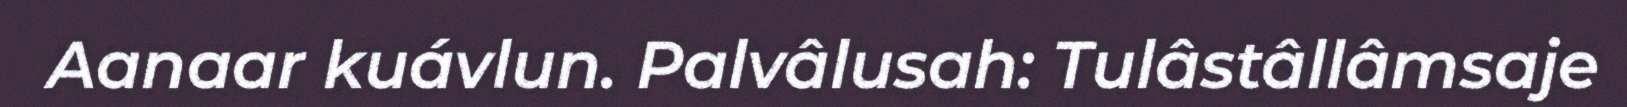
Aanaar kuávlun. Palvâlusah: Tulâstâllâmsaje